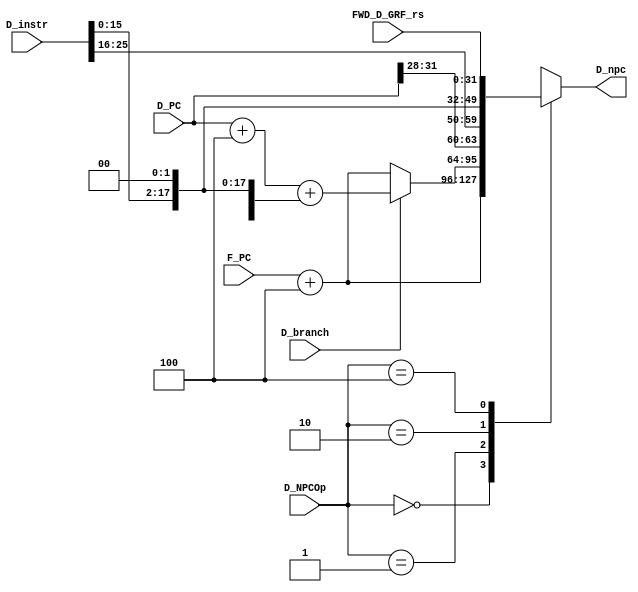
module D_NPC(
    input [31:0] D_PC,
    input [31:0] F_PC,
    input [31:0] D_instr,
    input [2:0] D_NPCOp,
    input [31:0] FWD_D_GRF_rs,
    input D_branch,
    output reg [31:0] D_npc);

	 parameter PCp4_NPC = 3'b000, BRANCH_NPC = 3'b001, J_NPC = 3'b010, JR_NPC = 3'b100;
	

    always @(*) begin
        case (D_NPCOp)
            PCp4_NPC: begin
                D_npc = F_PC + 32'h4;
            end 
            BRANCH_NPC: begin
                if (D_branch) begin
                    D_npc = D_PC + 32'h4 + {{14{D_instr[15]}}, D_instr[15:0], 2'b00};
                end
                else begin
                    D_npc = F_PC + 32'h4;
                end
            end
            J_NPC: begin
                D_npc = {D_PC[31:28], D_instr[25:0], 2'b00};
            end
            JR_NPC: begin
                D_npc = FWD_D_GRF_rs;
            end
            default: D_npc = 32'hx;
        endcase
    end

endmodule